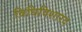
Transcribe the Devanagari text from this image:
विधिविशारद